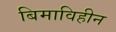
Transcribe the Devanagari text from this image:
बिमाविहीन